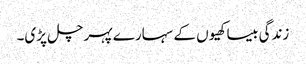
زندگی بیساکھیوں کے سہارے پہر چل پڑی۔